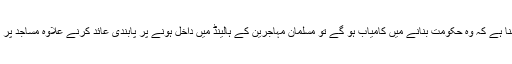
تریپن برس کے ڈچ سیاستدان کا اپنے عوامی جلسوں میں واضح طور پر کہنا ہے کہ وہ حکومت بنانے میں کامیاب ہو گے تو مسلمان مہاجرین کے ہالینڈ میں داخل ہونے پر پابندی عائد کرنے علاوہ مساجد پر بندش لگانے کے ساتھ ساتھ قران کی فروخت کو ممنوع قرار دے دیں گے۔